255_413270_UFO's_and_Defense_What_Should_we_Prepare_For
Agency: NASA
Page 72
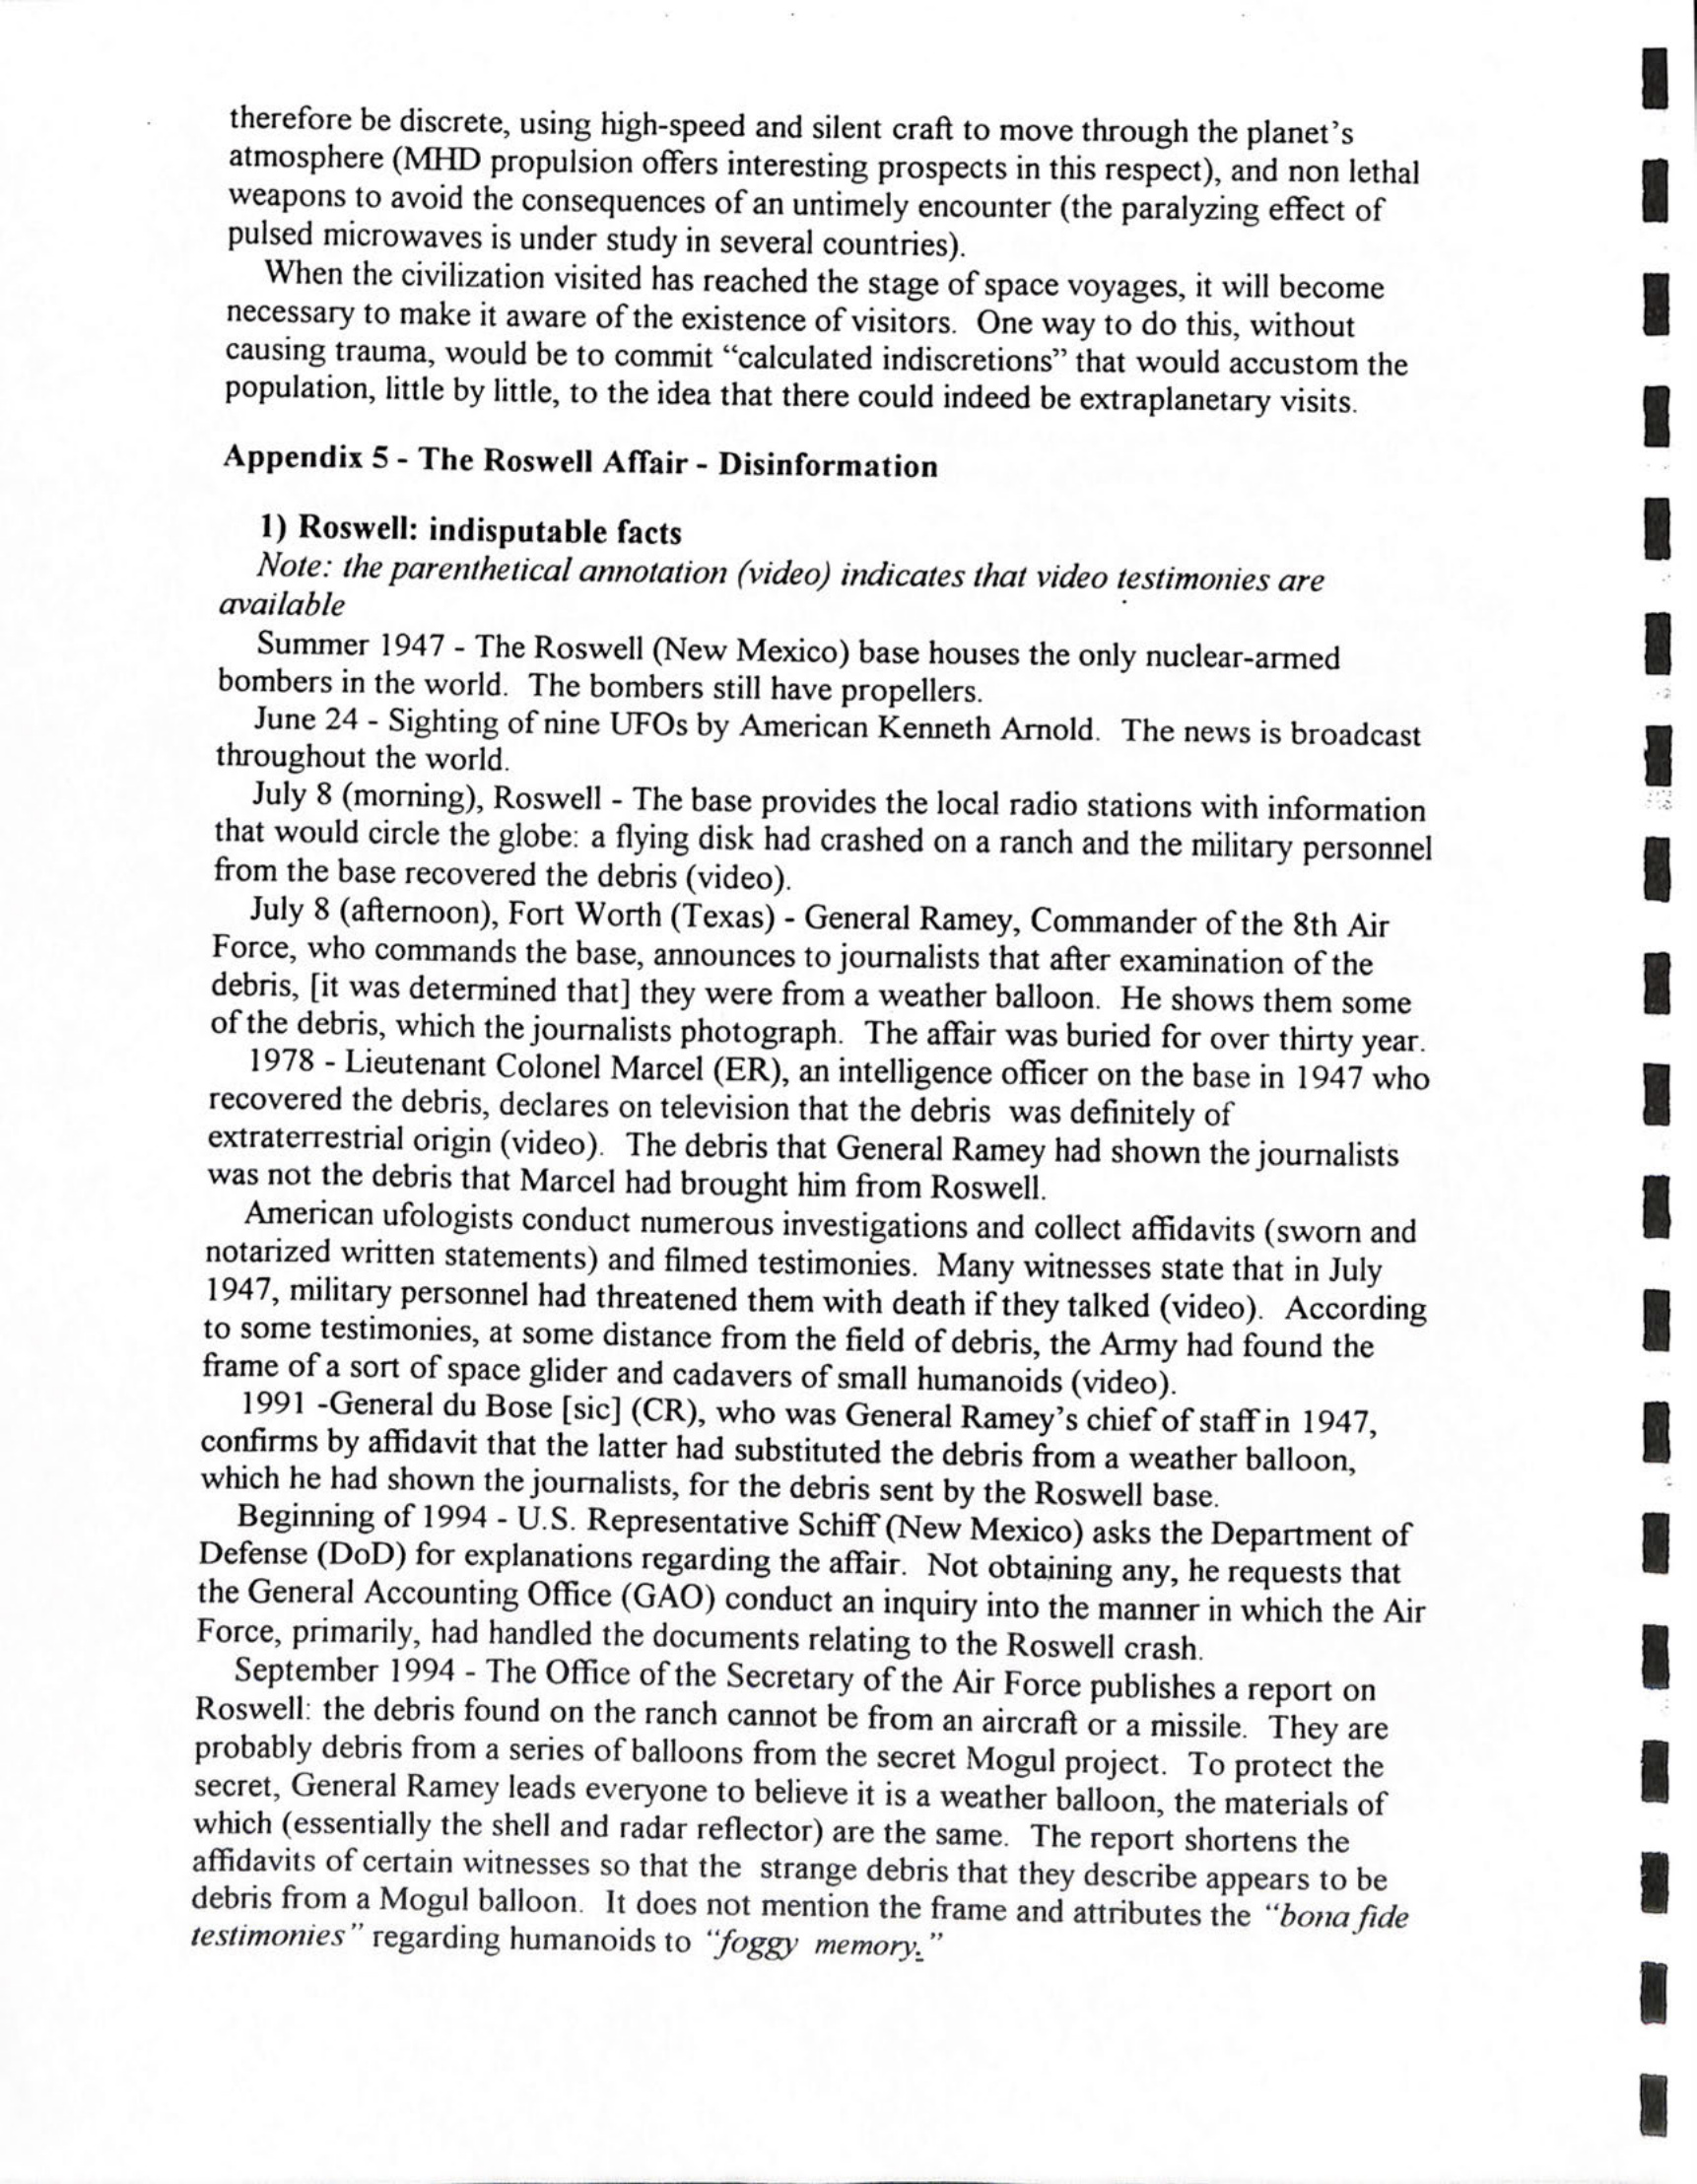